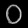
Digit: ၀